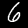
Digit: 6